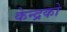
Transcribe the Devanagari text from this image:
केन्द्रको